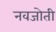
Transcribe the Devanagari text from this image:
नवजोती